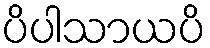
ပိပါသာယပိ